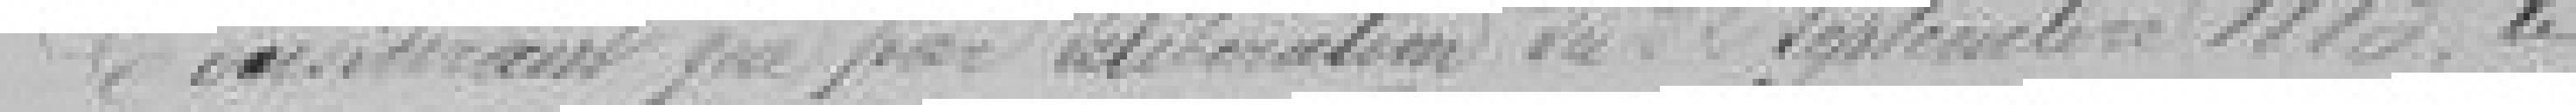
Considérant que par délibération du 22 septembre 1883, le